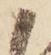
ま